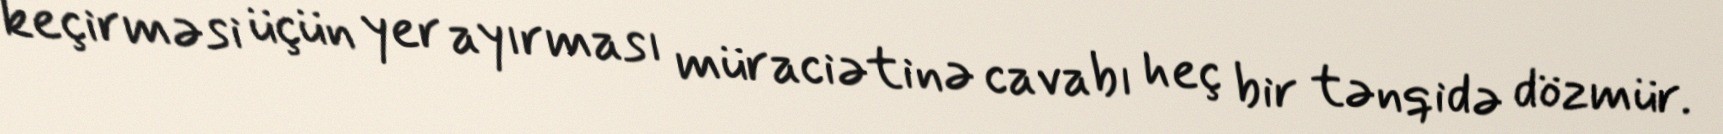
keçirməsi üçün yer ayırması müraciətinə cavabı heç bir tənqidə dözmür.